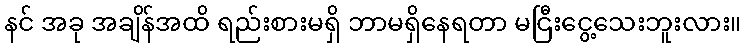
နင် အခု အချိန်အထိ ရည်းစားမရှိ ဘာမရှိနေရတာ မငြီးငွေ့သေးဘူးလား။